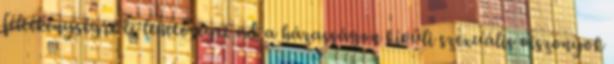
féltékenységre és lehetőséget ad a házasságon kívüli szexuális viszonyok